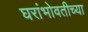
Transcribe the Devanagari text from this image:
घरांभोवतीच्या